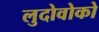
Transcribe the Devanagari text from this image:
लुदोवोको